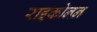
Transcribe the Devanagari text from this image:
राइकोनन